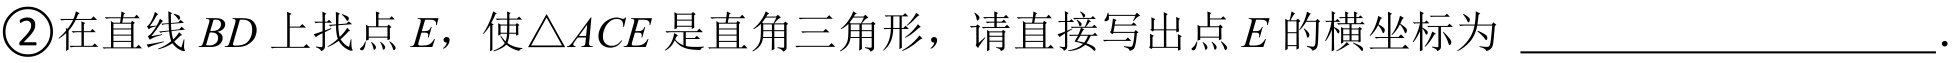
\textcircled{2}在直线\(BD\)上找点\(E\)，使\(\triangle ACE\)是直角三角形，请直接写出点\(E\)的横坐标为 ____________.